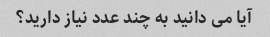
آیا می دانید به چند عدد نیاز دارید؟